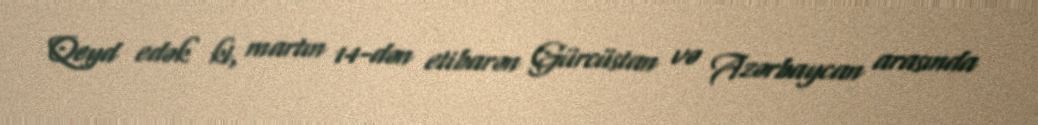
Qeyd edək ki, martın 14-dən etibarən Gürcüstan və Azərbaycan arasında